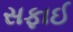
સફાઈ